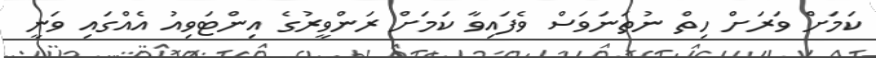
ކަމަށް ވަރަށް ހިތް ނުތަނަވަސް ވެފައިވާ ކަމަށް ރަންވީރުގެ އިންޓަވިއު އެއްގައި ވަނީ